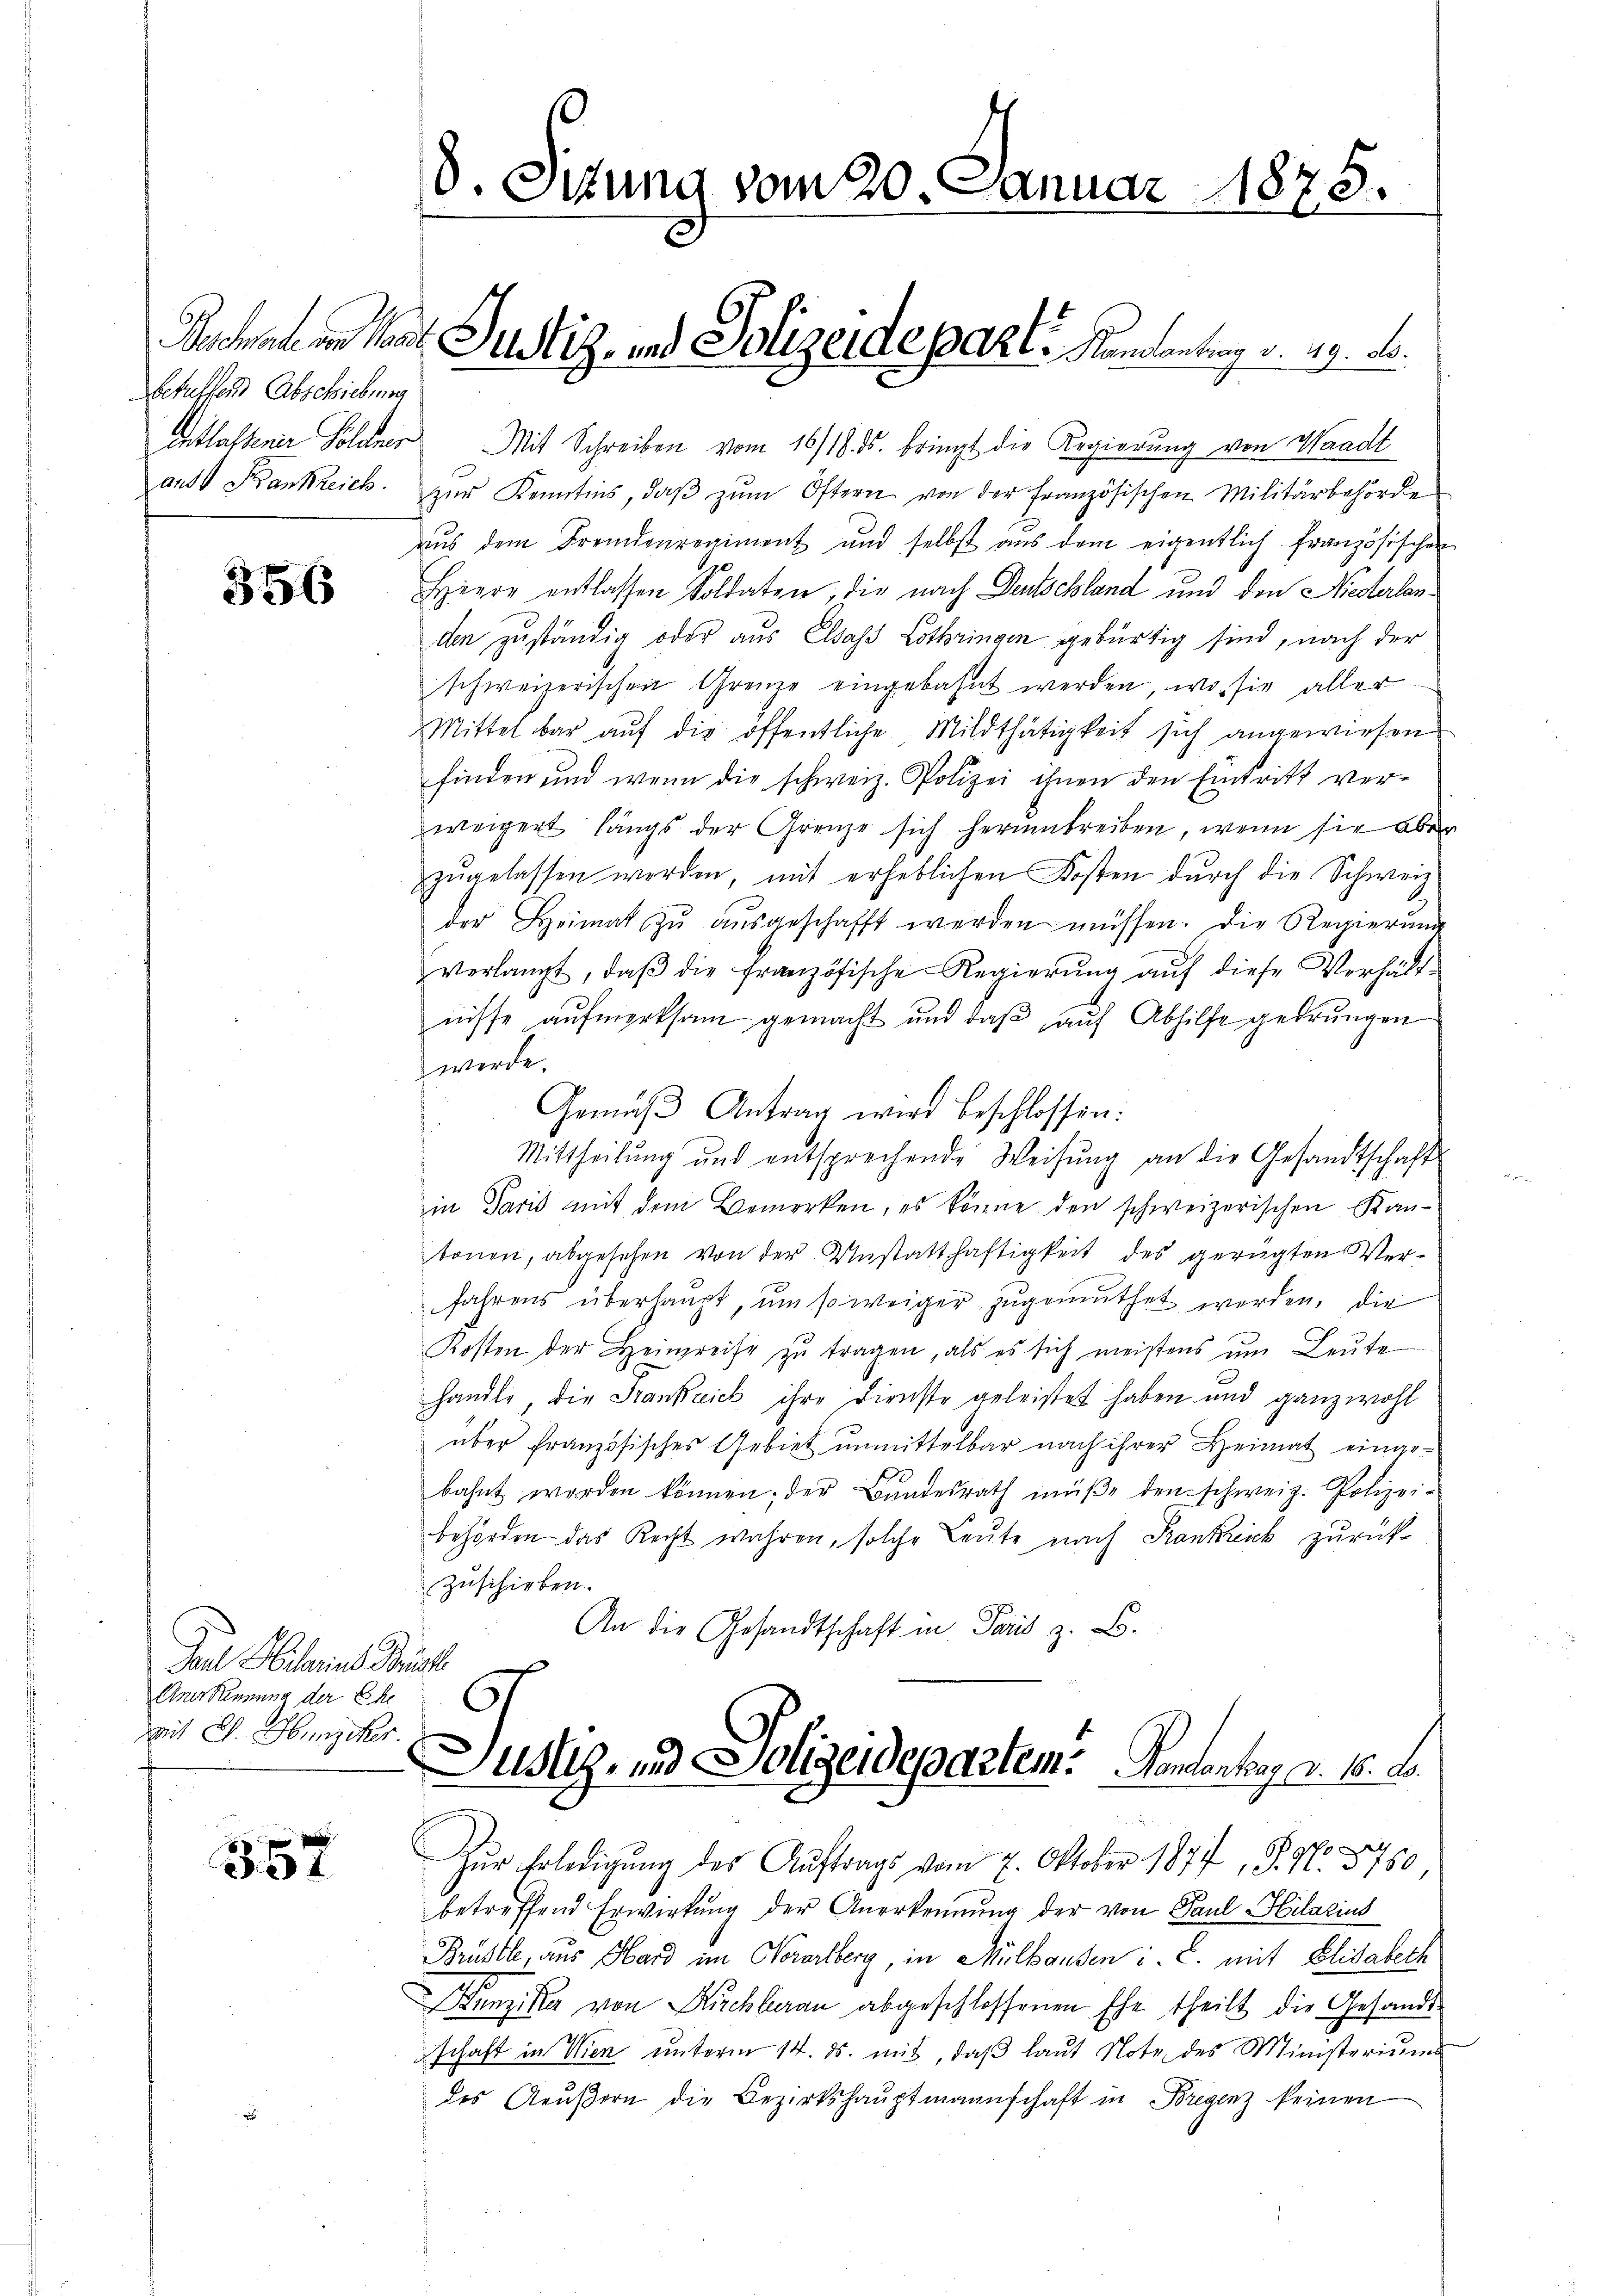
betuffend Abschiebung

356

Paul Hilarius Mariell
Anerkennung der Ehe
mit C. Hincker.

357

Entlassener Söldner Mit Schreiben vom 16/18. ds. bringt die Regierung von Waadt
aus Bankreich zŭr Kenntnis, daβ zŭm Öftern von der französischen Militärbehörde
aus dem Fremdenregiment und selbst aus dem eigentlich französischen
Heere entlassen Soldaten, die nach Deutschland und den Niederlanden zuständig oder aus Elsass Lothringen gebürtig sind, nach der
schweizerischen Grenze eingebahnt werden, wo sie aller
Mittelbar auf die öffentliche Mildthätigkeit sich angewiesen
finden und wenn die schweiz. Polizei ihnen den Eintritt verweigert längs der Grenze sich herumtreiben, wenn sie aber
zŭgelassen werden, mit erheblichen Kosten durch die Schweiz
der Heimat zŭ aŭsgeschafft werden müssen. Die Regierŭng
verlangt, daβ die französische Regierung auf diese Verhält-
nisse aufmerksam gemacht und daß auf Abhilfe gedrungen
werde.
Gemäβ Antrag wird beschlossen:
Mittheilung und entsprechende Weisŭng an die Gesandtschaft
in Paris mit dem Bemerken, es könne den schweizerischen Kantonen, abgesehen von der Unstatthaftigkeit des gerügten Verfahrens überhaupt, um so weiger zugemuthet werden, die
Kosten der Heinreise zu tragen, als es sich meistens um Leute
handle, die Frankreich ihre Dienste geleistet haben und ganz wohl
über französisches Gebiet unmittelbar nach ihrer Heimat eingebahnt worden können; der Bŭndesrath müße den schweiz. Polizei-
behörden das Recht wahren, solche Leute nach Krankreich zurück
Zuschieben.
An die Gesandtschaft in Paris z. B.
e
Uuz, und Polizeidepartem. Gendanter v. 18. d.
4
Zŭr Erledigŭng des Aŭftrags vom 7. Oktober 1877, S. N. 3. 150,
betreffend Erwirkung der Anerkennung der von Paul Hilarius
Brüstle, aus Hard im Verarlberg, in Mülhausen i. c. mit Elisabeth
Bunziker von Kirchberau abgeschlossenen Ehe theilt die Gesandtschaft in Wien unterm 14. ds. mit, daß laut Note des Ministerium
des Aeŭβern die Bezirkshauptmannschaft in Bregenz keinen

8. Situng vom 20. Januar 1875.

Zachah in hat Justiz- und Polizeidepart. Kandentrag v. 29. No.